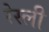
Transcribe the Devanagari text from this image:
रेस्ली